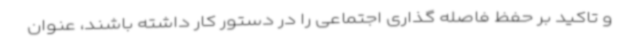
و تاکید بر حفظ فاصله گذاری اجتماعی را در دستور کار داشته باشند، عنوان